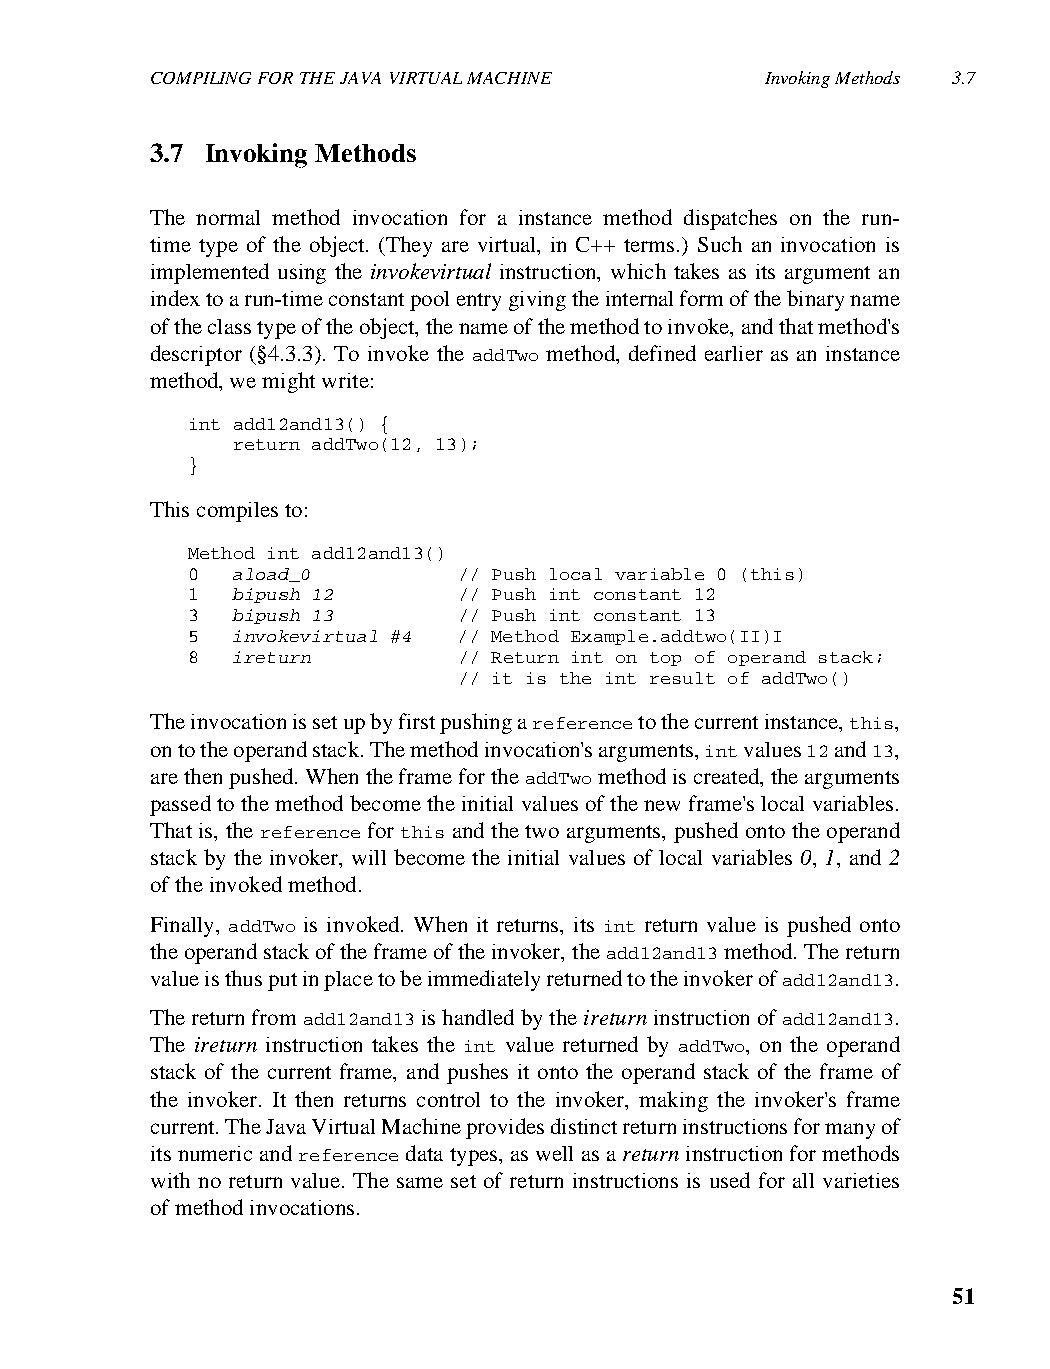
COMPILING FOR THE JAVA VIRTUAL MACHINE   Invoking Methods 3.7
 3.7 Invoking Methods
 The normal method invocation for a instance method dispatches on the run-
 time type of the object. (They are virtual, in C++ terms.) Such an invocation is
 implemented using the invokevirtual instruction, which takes as its argument an
 index to a run-time constant pool entry giving the internal form of the binary name
 of the class type of the object, the name of the method to invoke, and that method's
 descriptor (§4.3.3). To invoke the addTwo method, defined earlier as an instance
 method, we might write:
 int add12and13() {
 return addTwo(12, 13);
 }
 This compiles to:
 Method int add12and13()
 0  aload_0        // Push local variable 0 (this)
 1  bipush 12      // Push int constant 12
 3  bipush 13      // Push int constant 13
 5  invokevirtual #4 // Method Example.addtwo(II)I
 8  ireturn        // Return int on top of operand stack;
 // it is the int result of addTwo()
 The invocation is set up by first pushing a reference to the current instance, this,
 on to the operand stack. The method invocation's arguments, int values 12 and 13,
 are then pushed. When the frame for the addTwo method is created, the arguments
 passed to the method become the initial values of the new frame's local variables.
 That is, the reference for this and the two arguments, pushed onto the operand
 stack by the invoker, will become the initial values of local variables 0, 1, and 2
 of the invoked method.
 Finally, addTwo is invoked. When it returns, its int return value is pushed onto
 the operand stack of the frame of the invoker, the add12and13 method. The return
 value is thus put in place to be immediately returned to the invoker of add12and13.
 The return from add12and13 is handled by the ireturn instruction of add12and13.
 The ireturn instruction takes the int value returned by addTwo, on the operand
 stack of the current frame, and pushes it onto the operand stack of the frame of
 the invoker. It then returns control to the invoker, making the invoker's frame
 current. The Java Virtual Machine provides distinct return instructions for many of
 its numeric and reference data types, as well as a return instruction for methods
 with no return value. The same set of return instructions is used for all varieties
 of method invocations.
 51